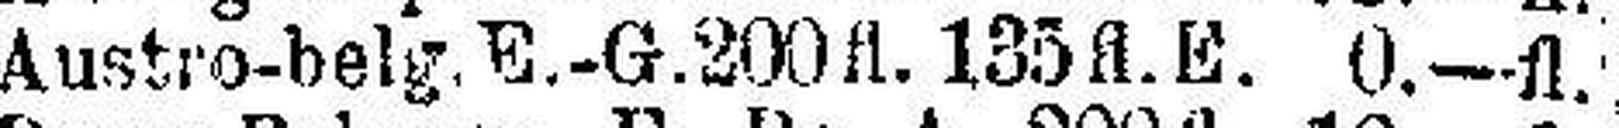
Austro-belg. E.-G. 200 fl. 135 fl. E. 0.—fl.